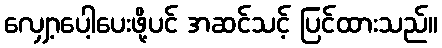
လျှော့ပေါ့ပေးဖို့ပင် အဆင်သင့် ပြင်ထားသည်။